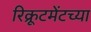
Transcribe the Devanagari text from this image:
रिक्रूटमेंटच्या